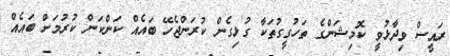
ރައީސް ވިދާޅުވީ ކޮމިޝަންގެ ތަހުގީގުތަކާ ގުޅިގެން ކުރަންޖެހޭ ބައެއް ކަންކަން ކުރުމަށް ބައެއް